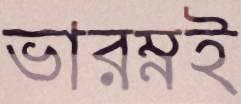
ভারম্নই